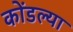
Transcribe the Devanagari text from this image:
कोंडल्या